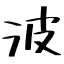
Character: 波